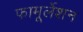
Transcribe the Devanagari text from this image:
फामूर्लेशन